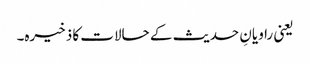
یعنی راویانِ حدیث کے حالات کا ذخیرہ۔